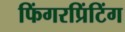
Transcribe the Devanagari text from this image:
फिंगरप्रिंटिंग